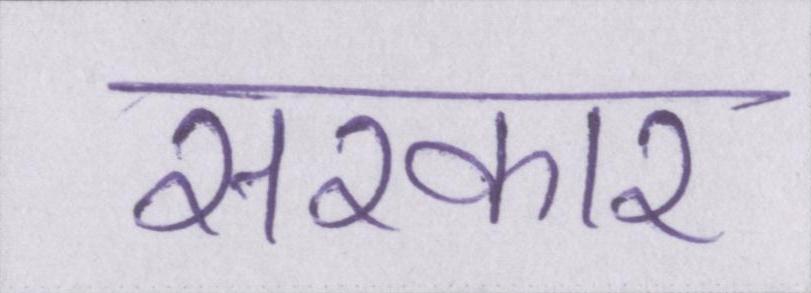
सरकार